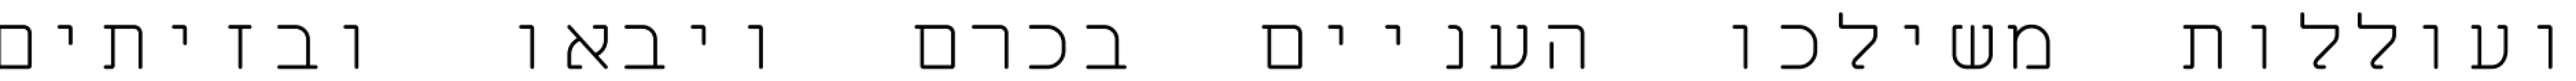
ועוללות משילכו העניים בכרם ויבאו ובזיתים